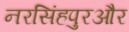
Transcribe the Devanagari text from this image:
नरसिंहपुरऔर